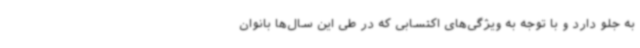
به جلو دارد و با توجه به ویژگی‌های اکتسابی که در طی این سال‌ها بانوان